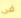
فى